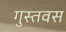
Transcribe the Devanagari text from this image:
गुस्तवस